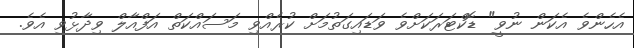
އެހެންވެ އެކަން ނުވީ" ޑޮކްޓަރަކަށްވެ ވަޑައިގަތުމަށް ކުރެއްވި މަސައްކަތް އަފްއާލް ވިދާޅުވި އެވެ.